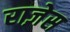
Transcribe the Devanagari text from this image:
राज़ेस